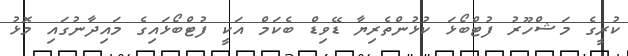
ކުރީގެ މަޝްހޫރު ފުޓްބޯޅަ ކުޅުންތެރިޔާ ޑޭވިޑް ބެކަމް އަކީ ފުޓްބޯޅައިގެ މައިދާނުގައި މޮޅު